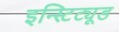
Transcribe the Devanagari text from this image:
इन्स्टिट्यूड